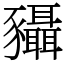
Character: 䝕